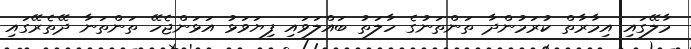
މާލޭގައި އިމާރާތް ކުރަމުންދާ ތަންތަނުގެ ހާލަތު ބައްލަވައި ފިޔަވަޅު އަޅަންޖެހޭ ތަންތަނާ ދޭތެރޭގައި